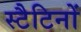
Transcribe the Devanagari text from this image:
स्टैटिनों